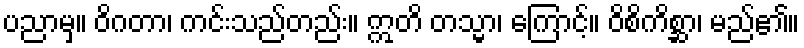
ပညာမှ။ ဝိဂတာ၊ ကင်းသည်တည်း။ ဣတိ တသ္မာ၊ ကြောင့်။ ဝိစိကိစ္ဆာ၊ မည်၏။